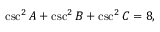
\csc ^ { 2 } A + \csc ^ { 2 } B + \csc ^ { 2 } C = 8 ,